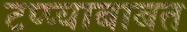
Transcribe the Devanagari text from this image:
टप्प्याबाबत